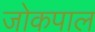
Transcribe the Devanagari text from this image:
जोकपाल